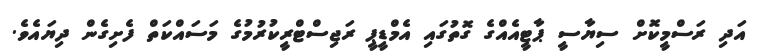
އަދި ރަސްމީކޮށް ސިޔާސީ ޕާޓީއެއްގެ ގޮތުގައި އެމްޑީޕީ ރަޖިސްޓްރީކުރުމުގެ މަސައްކަތް ފެށިގެން ދިޔައެވެ.